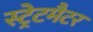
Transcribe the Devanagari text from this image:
स्ट्रेटमैटर